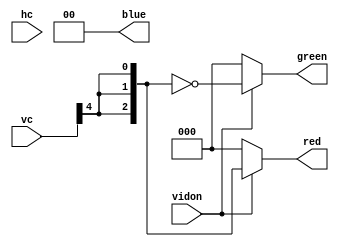
module vga_stripes (
	input wire vidon,
	input wire [9:0] hc, vc,
	output reg [2:0] red, green,
	output reg [1:0] blue
);

always @(*) begin
	red = 0;
	blue = 0;
	green = 0;
	if (vidon == 1) begin
		red = {vc[4], vc[4], vc[4]};
		green = ~{vc[4], vc[4], vc[4]};
	end
end

endmodule